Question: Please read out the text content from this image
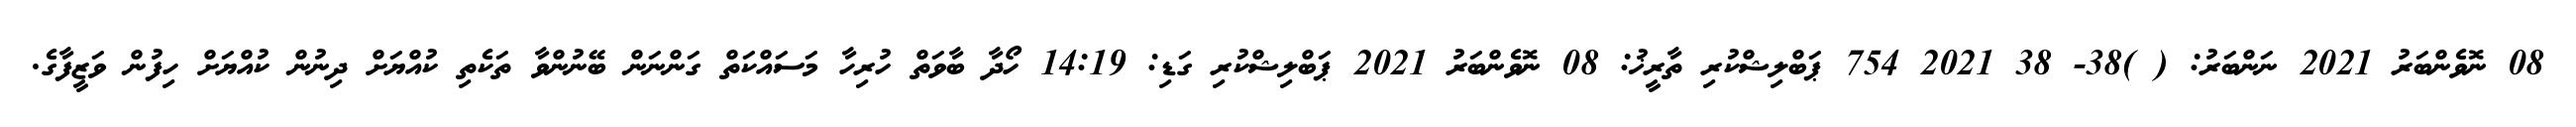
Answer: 08 ނޮވެންބަރު 2021 ނަންބަރު: ( )38- 38 2021 754 ޕަބްލިޝްކުރި ތާރީޚު: 08 ނޮވެންބަރު 2021 ޕަބްލިޝްކުރި ގަޑި: 14:19 ހޯދާ ބާވަތް ހުރިހާ މަސައްކަތް ގަންނަން ބޭނުންވާ ތަކެތި ކުއްޔަށް ދިނުން ކުއްޔަށް ހިފުން ވަޒީފާގެ.